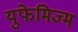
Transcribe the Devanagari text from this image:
युफेमिज्म